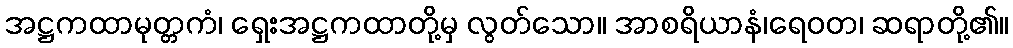
အဋ္ဌကထာမုတ္တကံ၊ ရှေးအဋ္ဌကထာတို့မှ လွတ်သော။ အာစရိယာနံ၊ရေဝတ၊ ဆရာတို့၏။